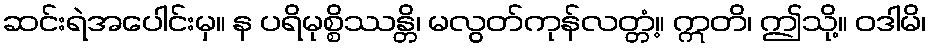
ဆင်းရဲအပေါင်းမှ။ န ပရိမုစ္စိဿန္တိ၊ မလွတ်ကုန်လတ္တံ့။ ဣတိ၊ ဤသို့။ ဝဒါမိ၊